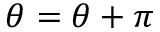
\theta = \theta + \pi